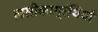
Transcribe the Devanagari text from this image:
लसीकाग्रंथियाँ